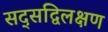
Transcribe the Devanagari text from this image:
सद्सद्विलक्षण